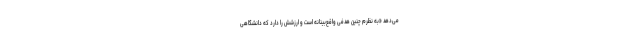
می‌دهد «به نظرم چنین هدفی واقع‌بینانه است و ارزشش را دارد که دانشگاهی